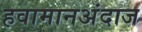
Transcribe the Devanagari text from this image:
हवामानअंदाज